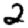
Digit: 2